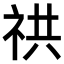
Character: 𥙖